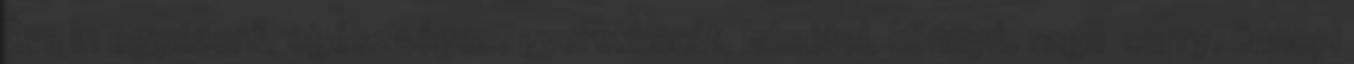
Éva in egyszerű, egészséges, gyerekbarát, húsétel, könnyű, ragu curry, ünnepi